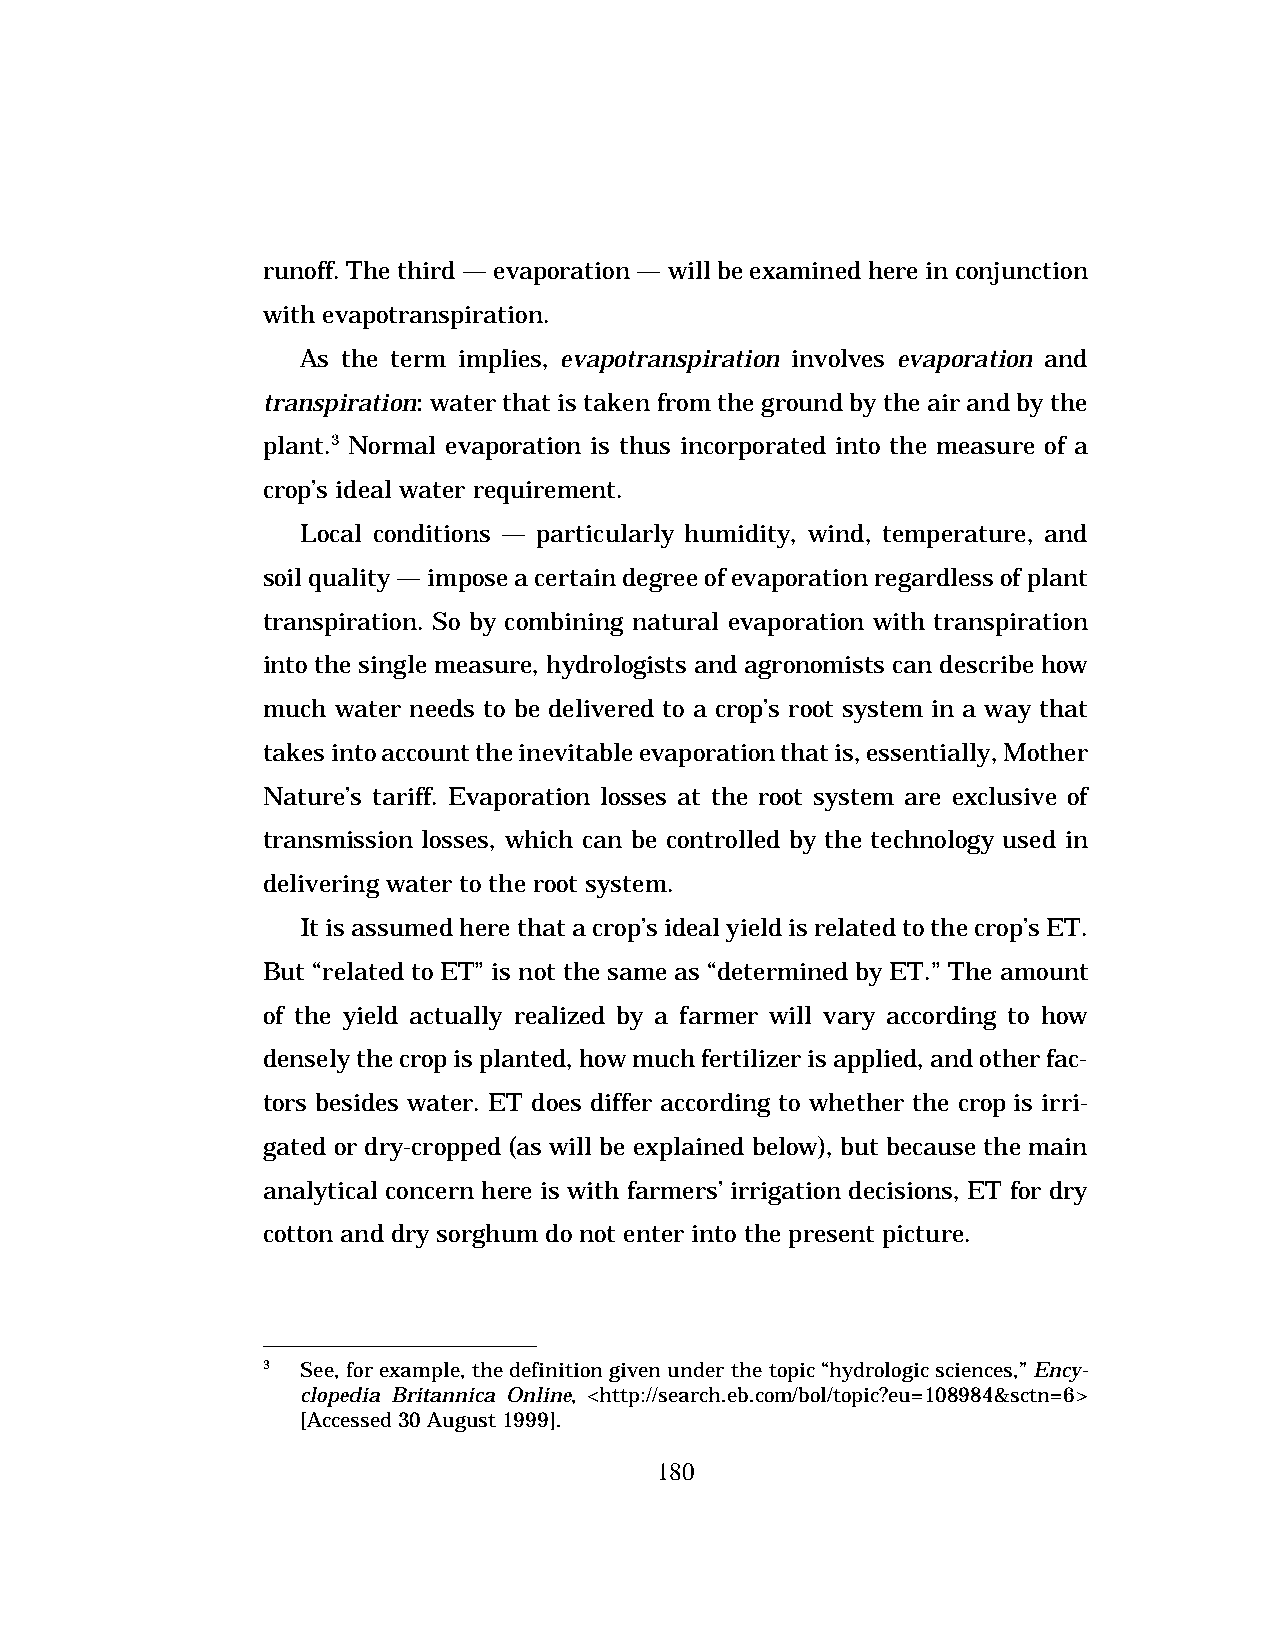
runoff. The third — evaporation — will be examined here in conjunction
 with evapotranspiration.
 As the term implies, evapotranspiration involves evaporation and
 transpiration: water that is taken from the ground by the air and by the
 plant.3 Normal evaporation is thus incorporated into the measure of a
 crop’s ideal water requirement.
 Local conditions — particularly humidity, wind, temperature, and
 soil quality — impose a certain degree of evaporation regardless of plant
 transpiration. So by combining natural evaporation with transpiration
 into the single measure, hydrologists and agronomists can describe how
 much water needs to be delivered to a crop’s root system in a way that
 takes into account the inevitable evaporation that is, essentially, Mother
 Nature’s tariff. Evaporation losses at the root system are exclusive of
 transmission losses, which can be controlled by the technology used in
 delivering water to the root system.
 It is assumed here that a crop’s ideal yield is related to the crop’s ET.
 But “related to ET” is not the same as “determined by ET.” The amount
 of the yield actually realized by a farmer will vary according to how
 densely the crop is planted, how much fertilizer is applied, and other fac-
 tors besides water. ET does differ according to whether the crop is irri-
 gated or dry-cropped (as will be explained below), but because the main
 analytical concern here is with farmers’ irrigation decisions, ET for dry
 cotton and dry sorghum do not enter into the present picture.
 3  See, for example, the definition given under the topic “hydrologic sciences,” Ency-
 clopedia Britannica Online, <http://search.eb.com/bol/topic?eu=108984&sctn=6>
 [Accessed 30 August 1999].
 180